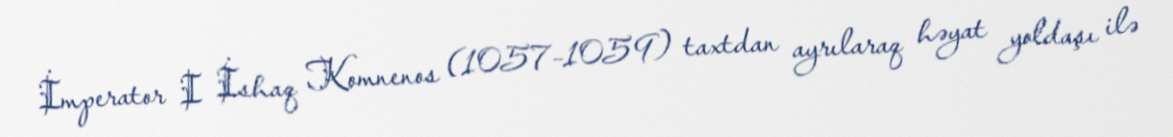
İmperator I İshaq Komnenos (1057–1059) taxtdan ayrılaraq həyat yoldaşı ilə